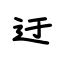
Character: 迂